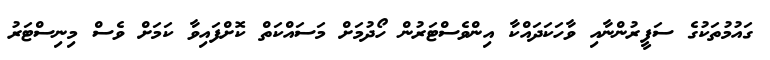
ގައުމުތަކުގެ ސަފީރުންނާއި ވާހަކަދައްކާ އިންވެސްޓަރުން ހޯދުމަށް މަސައްކަތް ކޮށްފައިވާ ކަމަށް ވެސް މިނިސްޓަރު